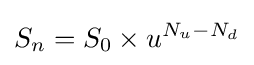
S_{n}=S_{0}\times u^{N_{u}-N_{d}}